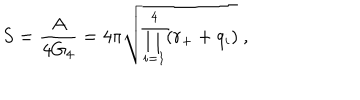
S = { \frac { A } { 4 G _ { 4 } } } = 4 \pi \sqrt { \prod _ { i = 1 } ^ { 4 } ( r _ { + } + q _ { i } ) } \ ,